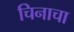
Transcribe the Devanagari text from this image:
चिनाचा